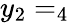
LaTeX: y_{2}=_{4}